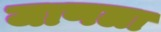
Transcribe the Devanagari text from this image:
जाणला